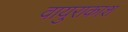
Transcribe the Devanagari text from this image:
वायुराकाशं